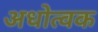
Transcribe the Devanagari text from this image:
अधोत्वक